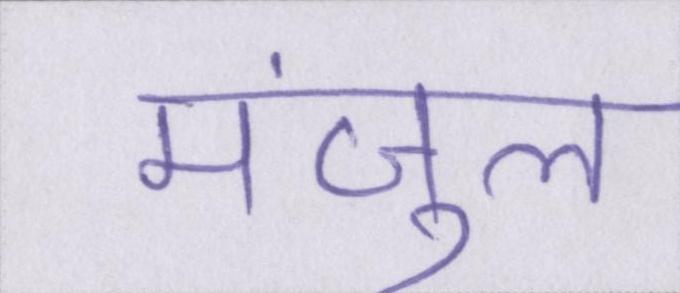
मंजुल